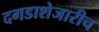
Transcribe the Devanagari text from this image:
दगडाशेजारीच